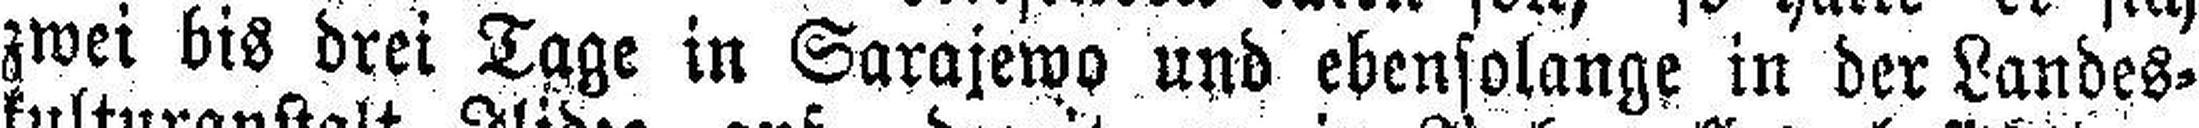
zwei bis drei Tage in Sarajewo und ebensolange in der Landes¬